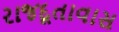
રાજદૂતાવાસ